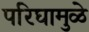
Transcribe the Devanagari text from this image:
परिघामुळे